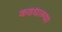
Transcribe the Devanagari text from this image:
कडधान्या